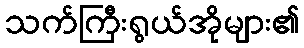
သက်ကြီးရွယ်အိုများ၏